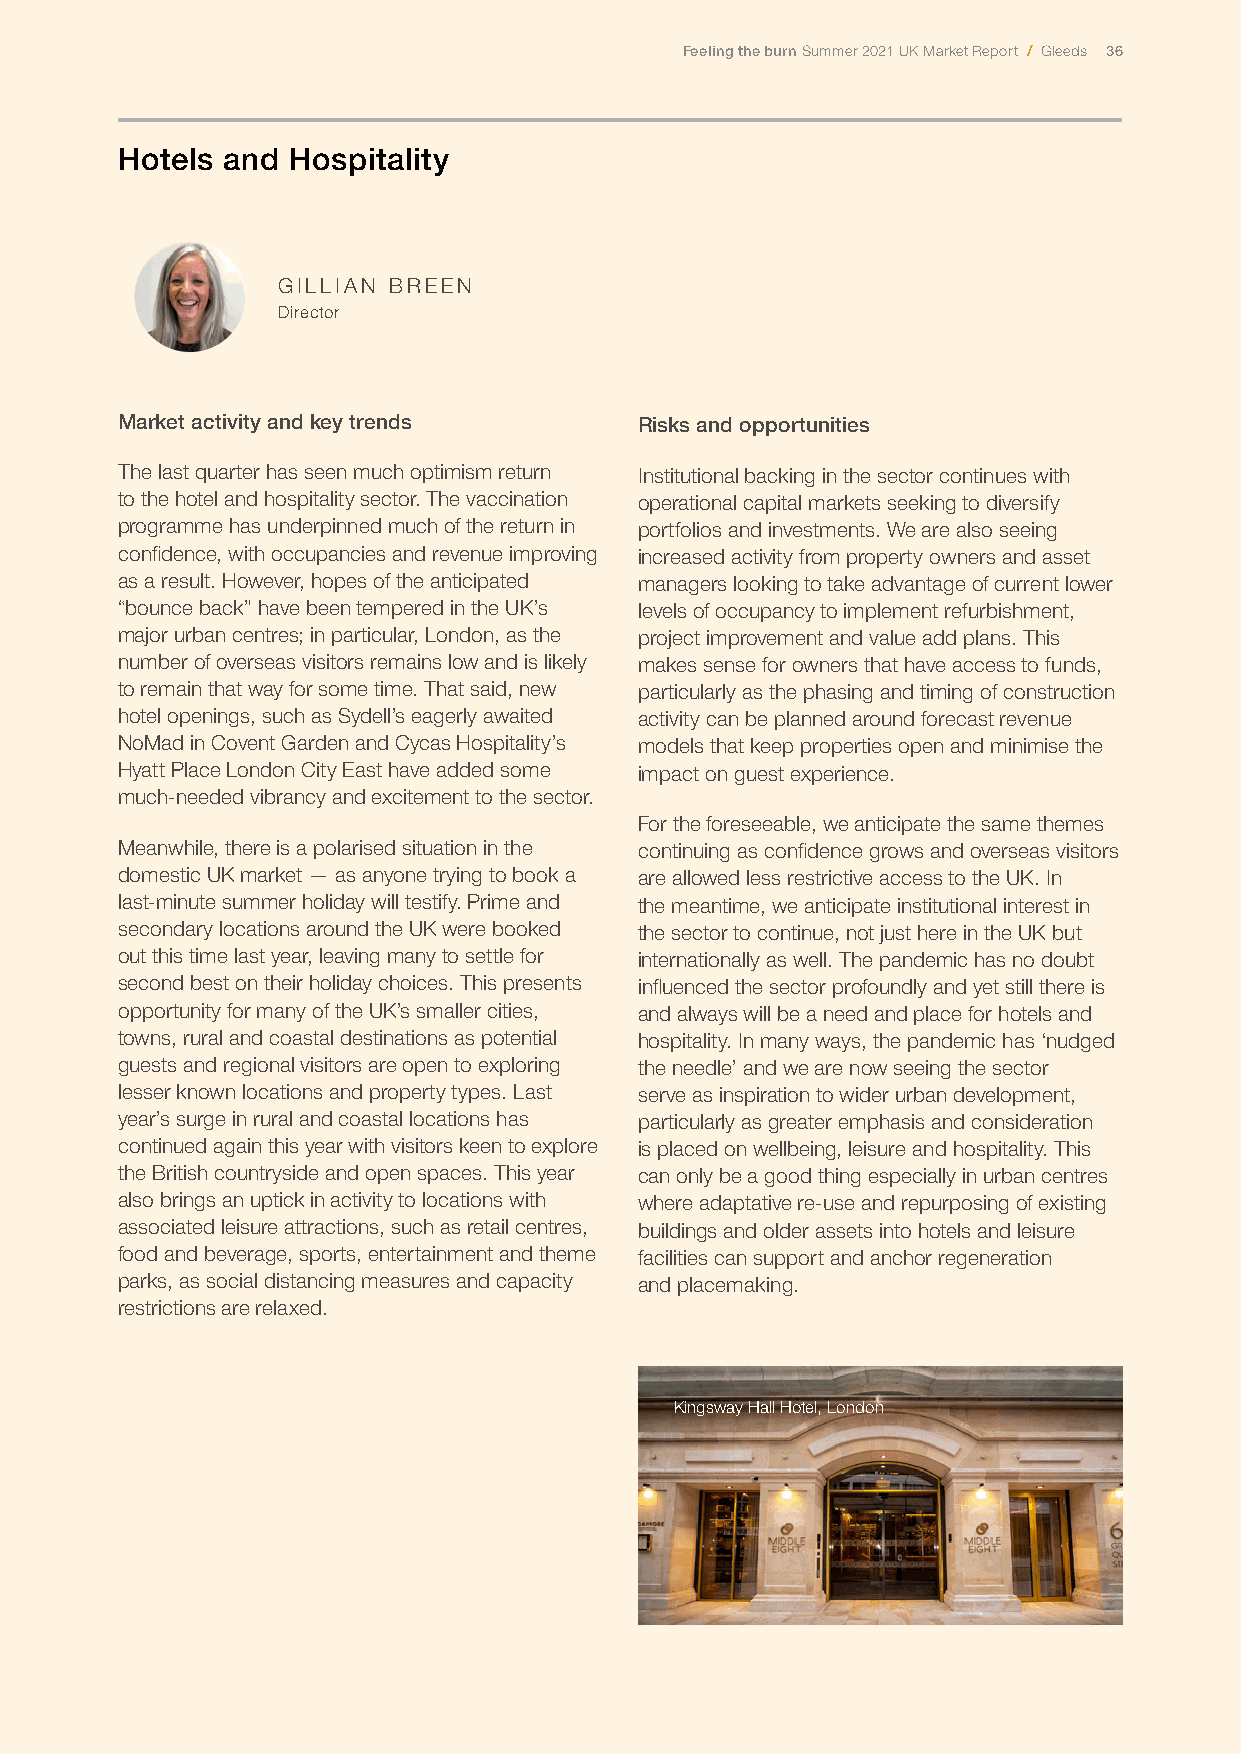
Feeling the burn Summer 2021 UK Market Report / Gleeds 36
 Hotels and Hospitality
 GILLIAN BREEN
 Director
 Market activity and key trends    Risks and opportunities
 The last quarter has seen much optimism return Institutional backing in the sector continues with
 to the hotel and hospitality sector. The vaccination operational capital markets seeking to diversify
 programme has underpinned much of the return in portfolios and investments. We are also seeing
 confidence, with occupancies and revenue improving increased activity from property owners and asset
 as a result. However, hopes of the anticipated managers looking to take advantage of current lower
 “bounce back” have been tempered in the UK’s levels of occupancy to implement refurbishment,
 major urban centres; in particular, London, as the project improvement and value add plans. This
 number of overseas visitors remains low and is likely makes sense for owners that have access to funds,
 to remain that way for some time. That said, new particularly as the phasing and timing of construction
 hotel openings, such as Sydell’s eagerly awaited activity can be planned around forecast revenue
 NoMad in Covent Garden and Cycas Hospitality’s models that keep properties open and minimise the
 Hyatt Place London City East have added some impact on guest experience.
 much-needed vibrancy and excitement to the sector.
 For the foreseeable, we anticipate the same themes
 Meanwhile, there is a polarised situation in the continuing as confidence grows and overseas visitors
 domestic UK market — as anyone trying to book a are allowed less restrictive access to the UK. In
 last-minute summer holiday will testify. Prime and the meantime, we anticipate institutional interest in
 secondary locations around the UK were booked the sector to continue, not just here in the UK but
 out this time last year, leaving many to settle for internationally as well. The pandemic has no doubt
 second best on their holiday choices. This presents influenced the sector profoundly and yet still there is
 opportunity for many of the UK’s smaller cities, and always will be a need and place for hotels and
 towns, rural and coastal destinations as potential hospitality. In many ways, the pandemic has ‘nudged
 guests and regional visitors are open to exploring the needle’ and we are now seeing the sector
 lesser known locations and property types. Last serve as inspiration to wider urban development,
 year’s surge in rural and coastal locations has particularly as greater emphasis and consideration
 continued again this year with visitors keen to explore is placed on wellbeing, leisure and hospitality. This
 the British countryside and open spaces. This year can only be a good thing especially in urban centres
 also brings an uptick in activity to locations with where adaptative re-use and repurposing of existing
 associated leisure attractions, such as retail centres, buildings and older assets into hotels and leisure
 food and beverage, sports, entertainment and theme facilities can support and anchor regeneration
 parks, as social distancing measures and capacity and placemaking.
 restrictions are relaxed.
 Kingsway Hall Hotel, London